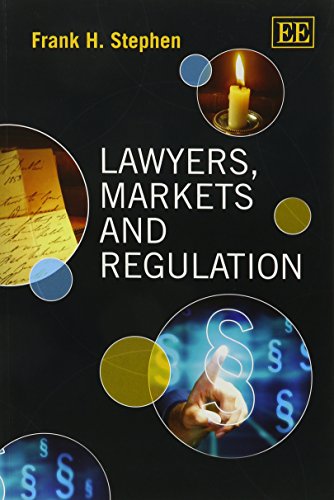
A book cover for Lawyers, Markets and Regulation; Frank H. Stephen; Law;